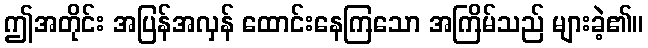
ဤအတိုင်း အပြန်အလှန် ထောင်းနေကြသော အကြိမ်သည် များခဲ့၏။